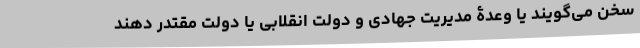
سخن می‌گویند یا وعدۀ مدیریت جهادی و دولت انقلابی یا دولت مقتدر دهند